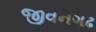
જીવનગઢ